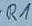
Text: R1